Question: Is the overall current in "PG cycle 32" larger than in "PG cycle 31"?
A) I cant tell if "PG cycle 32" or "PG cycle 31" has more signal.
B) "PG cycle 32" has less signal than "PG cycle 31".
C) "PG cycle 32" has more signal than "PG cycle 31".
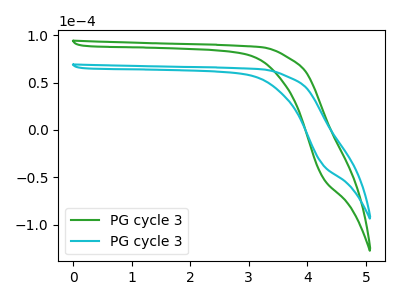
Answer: <think>The green curve "PG cycle 31" has no peaks. The cyan curve "PG cycle 32" has no peaks.
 Neither "PG cycle 32" or "PG cycle 31" have any peaks.</think>
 <answer>A) I cant tell if "PG cycle 32" or "PG cycle 31" has more signal.</answer>
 <eval>A</eval>